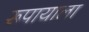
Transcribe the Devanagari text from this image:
रूपायाला